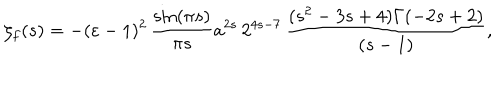
\zeta _ { f } ( s ) = - ( \varepsilon - 1 ) ^ { 2 } \, \frac { \sin ( \pi s ) } { \pi s } a ^ { 2 s } \, 2 ^ { 4 s - 7 } \, \frac { ( s ^ { 2 } - 3 s + 4 ) \Gamma ( - 2 s + 2 ) } { ( s - 1 ) } ,